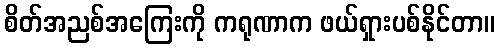
စိတ်အညစ်အကြေးကို ကရုဏာက ဖယ်ရှားပစ်နိုင်တာ။